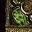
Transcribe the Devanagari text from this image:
देन।